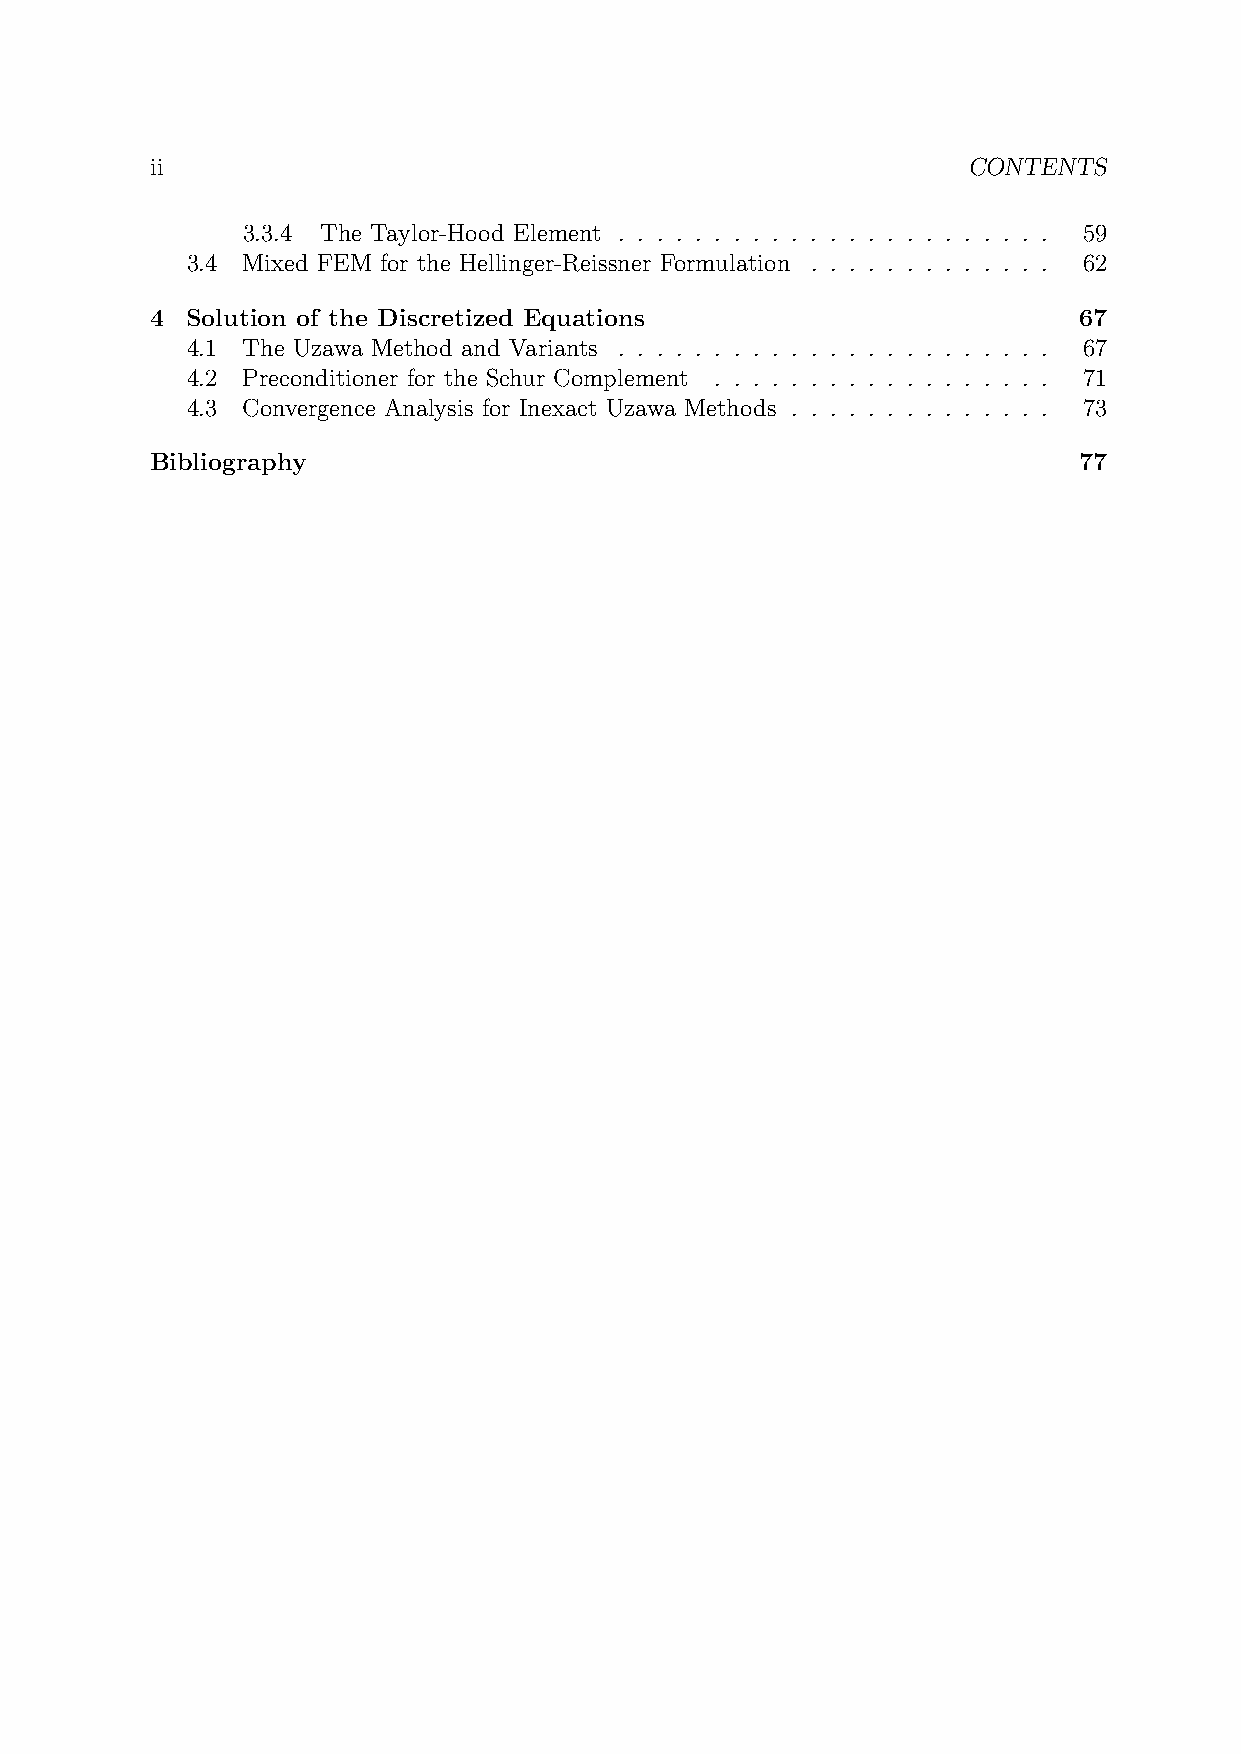
ii                                                    CONTENTS
 3.3.4 The Taylor-Hood Element . . . . . . . . . . . . . . . . . . . . . . . 59
 3.4 Mixed FEM for the Hellinger-Reissner Formulation . . . . . . . . . . . . . 62
 4 Solution of the Discretized Equations                      67
 4.1 The Uzawa Method and Variants . . . . . . . . . . . . . . . . . . . . . . . 67
 4.2 Preconditioner for the Schur Complement . . . . . . . . . . . . . . . . . . 71
 4.3 Convergence Analysis for Inexact Uzawa Methods . . . . . . . . . . . . . . 73
 Bibliography                                                 77